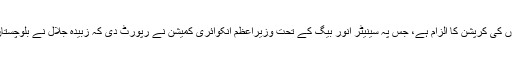
زبیدہ جلال جسے آپ نے دفاعی پیداوار کی وزارت دی ہے ان پر ”توانا پاکستان‘‘ سکینڈل میں کروڑوں کی کرپشن کا الزام ہے، جس پہ سینیٹر انور بیگ کے تحت وزیراعظم انکوائری کمیشن نے رپورٹ دی کہ زبیدہ جلال نے بلوچستان کے بچوں کے دودھ بسکٹ کے لئے مختص فنڈز اپنی رہائش گاہ کی آرائش پر خرچ کر دیے تھے۔